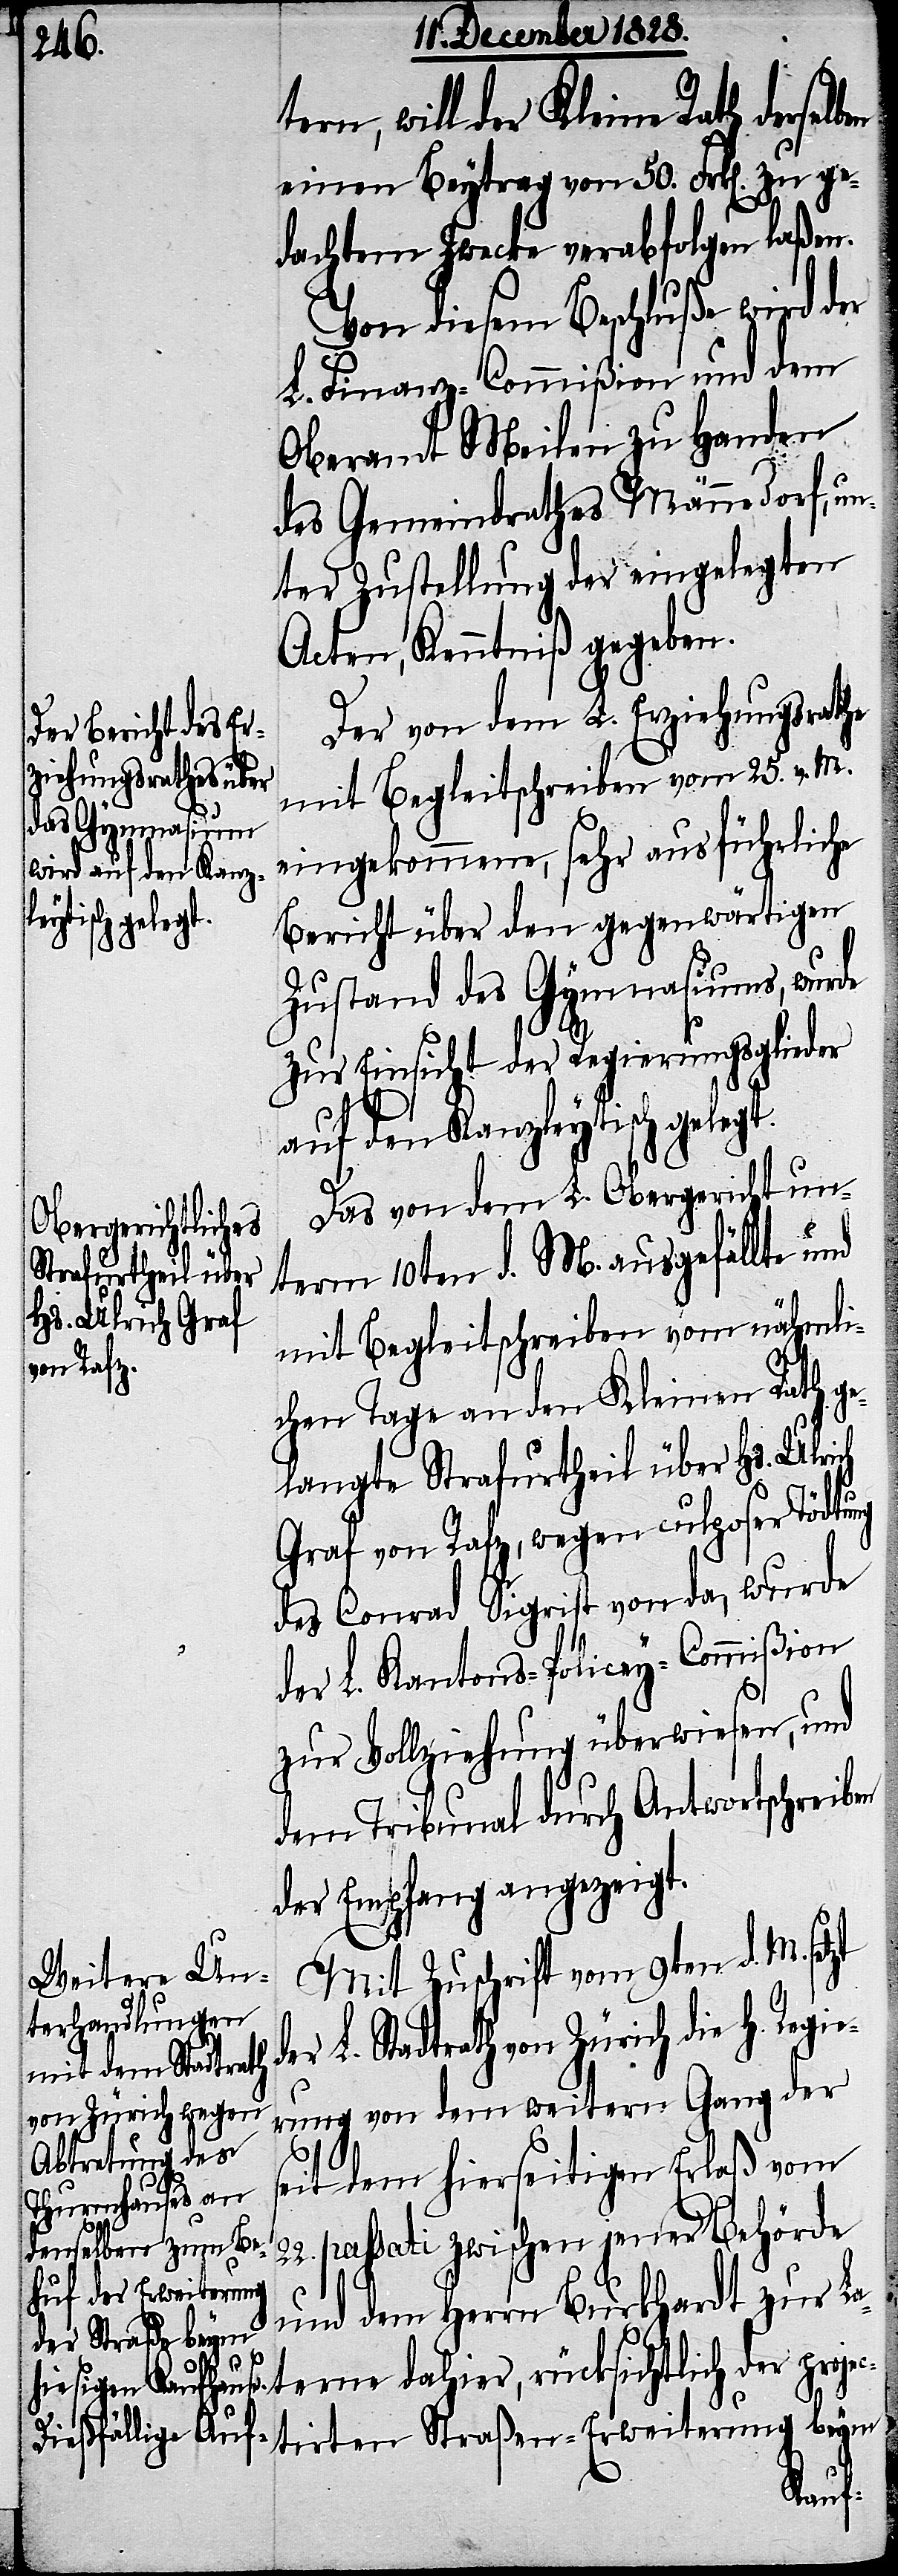
tern, will der Kleine Rath derse¬
einen Beytrag von 50. Frk[en]. zu ge¬
dachtem Zwecke verabfolgen laßen.
Von diesem Beschluße wird der
L. Finanz-Commißion und dem
Oberamt Meilen zu Handen
des Gemeindrathes Männedorf, un¬
ter Zustellung der eingelegten
Acten, Kenntniß gegeben.
Der von dem L. Erziehungsrathe
terne dahier,
mit Begleitschreiben vom 25. v. M.
eingekommene, sehr ausführliche
Bericht über den gegenwärtigen
Zustand des Gymnasiums, wurde
lben
zur Einsicht der Regierungsglieder
auf den Kanzleytisch gelegt.
Das von dem L. Obergericht un¬
ng
term 10ten d. M. ausgefällte und
mit Begleitschreiben vom nähmli¬
chen Tage an den Kleinen Rath ge¬
langte Strafurtheil über Hs. Ulrich
Graf von Rafz, wegen culposer Tödtu¬
des Conrad Sigrist von da, wurde
der L. Kantons-Policey-Commißion
zur Vollziehung überwiesen, und
dem Tribunal durch Antwortschreiben
der Empfang angezeigt.
Mit Zuschrift vom 9ten d. M.
setzt der L. Stadtrath von Zürich die H. Regie¬
rung von dem weitern Gang der
seit dem hierseitigen Erlaß vom
passati zwischen jener Behörde
22.
und dem Herrn Burkhardt zur La¬